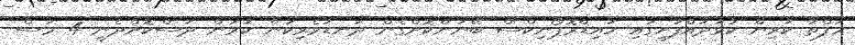
ހަފްތާ ކުރިން ކުޅުދުއްފުށީގައި ހައިޑްރޮޕޯނިކްސް ބޭނުންކޮށްގެން ދަނޑުވެރިކަން ކުރަން ދަސްކޮށްދެނީ 4 މަސް